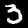
Label: 3